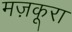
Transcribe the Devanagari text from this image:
मज़कूरा